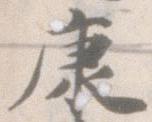
康